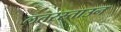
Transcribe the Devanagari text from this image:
लतरस्ताउन